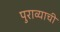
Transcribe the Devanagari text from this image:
पुराव्याची